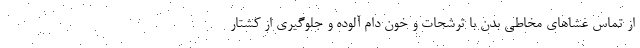
از تماس غشاهای مخاطی بدن با ترشحات و خون دام آلوده و جلوگیری از کشتار